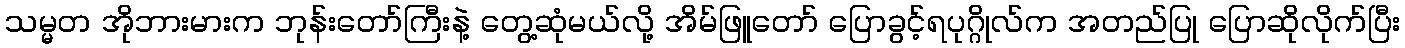
သမ္မတ အိုဘားမားက ဘုန်းတော်ကြီးနဲ့ တွေ့ဆုံမယ်လို့ အိမ်ဖြူတော် ပြောခွင့်ရပုဂ္ဂိုလ်က အတည်ပြု ပြောဆိုလိုက်ပြီး